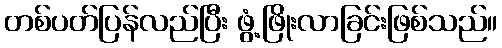
တစ်ပတ်ပြန်လည်ပြီး ဖွံ့ဖြိုးလာခြင်းဖြစ်သည်။